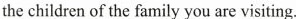
the children of the family you are visiting.